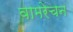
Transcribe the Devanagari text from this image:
वामरेचन